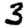
Digit: 3